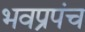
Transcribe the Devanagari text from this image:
भवप्रपंच